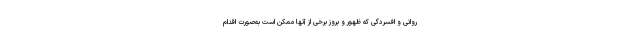
روانی و افسردگی که ظهور و بروز برخی از آنها ممکن است به‌صورت اقدام